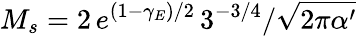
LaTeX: M_{s}={2\, e^{(1-\gamma_{E})/2}\, 3^{-3/4}}/{\sqrt{2\pi\alpha^{\prime}}}